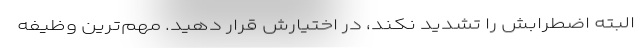
البته اضطرابش را تشدید نکند، در اختیارش قرار دهید. مهم‌ترین وظیفه